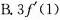
B.3f^{\prime}(1)